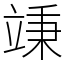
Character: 𥪕